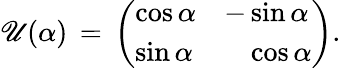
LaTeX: \mathscr{U}(\alpha)\, =\, \left(\begin{array}{ll}{{\cos{\alpha}}}&{{-\sin{\alpha}}}\\ {{\sin{\alpha}}}&{{\phantom{-}\cos{\alpha}}}\end{array}\right).